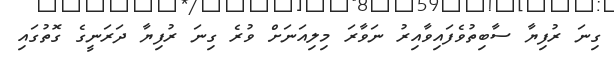
ގިނަ ރުފިޔާ ސާބިތުވެފައިވާއިރު ނަވާރަ މިލިއަނަށް ވުރެ ގިނަ ރުފިޔާ ދަރަނީގެ ގޮތުގައި